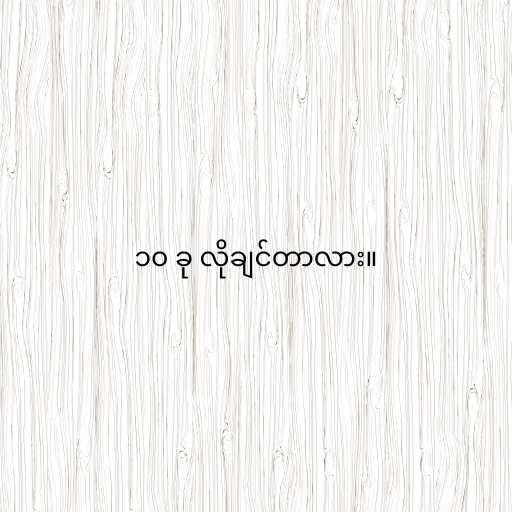
၁၀ ခု လိုချင်တာလား။